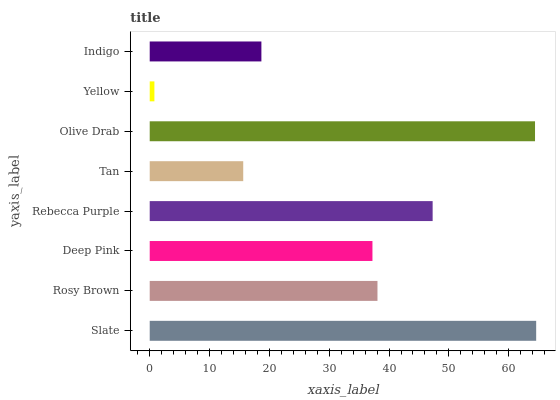
| yaxis_label | bars |
 | --- | --- |
 | Slate | 64.6 |
 | Rosy Brown | 38.1 |
 | Deep Pink | 37.2 |
 | Rebecca Purple | 47.3 |
 | Tan | 15.6 |
 | Olive Drab | 64.4 |
 | Yellow | 0.784 |
 | Indigo | 18.7 |